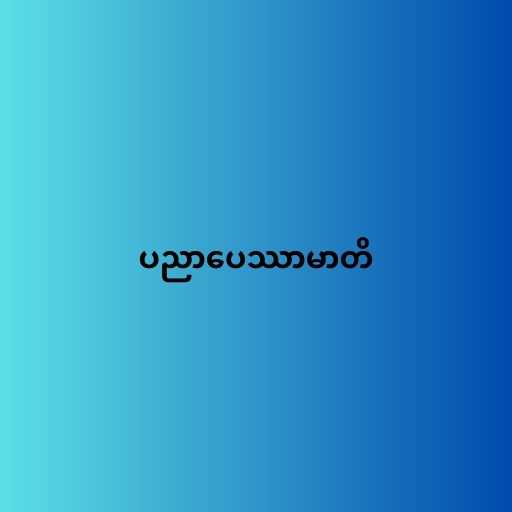
ပညာပေဿာမာတိ